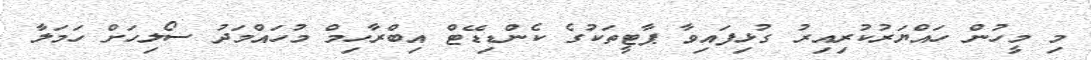
މި މީހުން ހައްޔަރުކުރިއިރު ގުޅިފައިވާ ޕާޓީތަކުގެ ކެންޑިޑޭޓް އިބްރާހިމް މުހައްމަދު ސޯލިހަށް ހަމަލާ